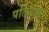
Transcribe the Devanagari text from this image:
पतियाय